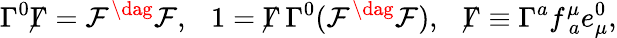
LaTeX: \Gamma^{0}{\not\Gamma}={\cal F}^{\dag}{\cal F},~~~1={\not\Gamma}\, \Gamma^{0}({\cal F}^{\dag}{\cal F}),~~~{\not\Gamma}\equiv\Gamma^{a}f_{~a}^{\mu}e_{\mu}^{0},